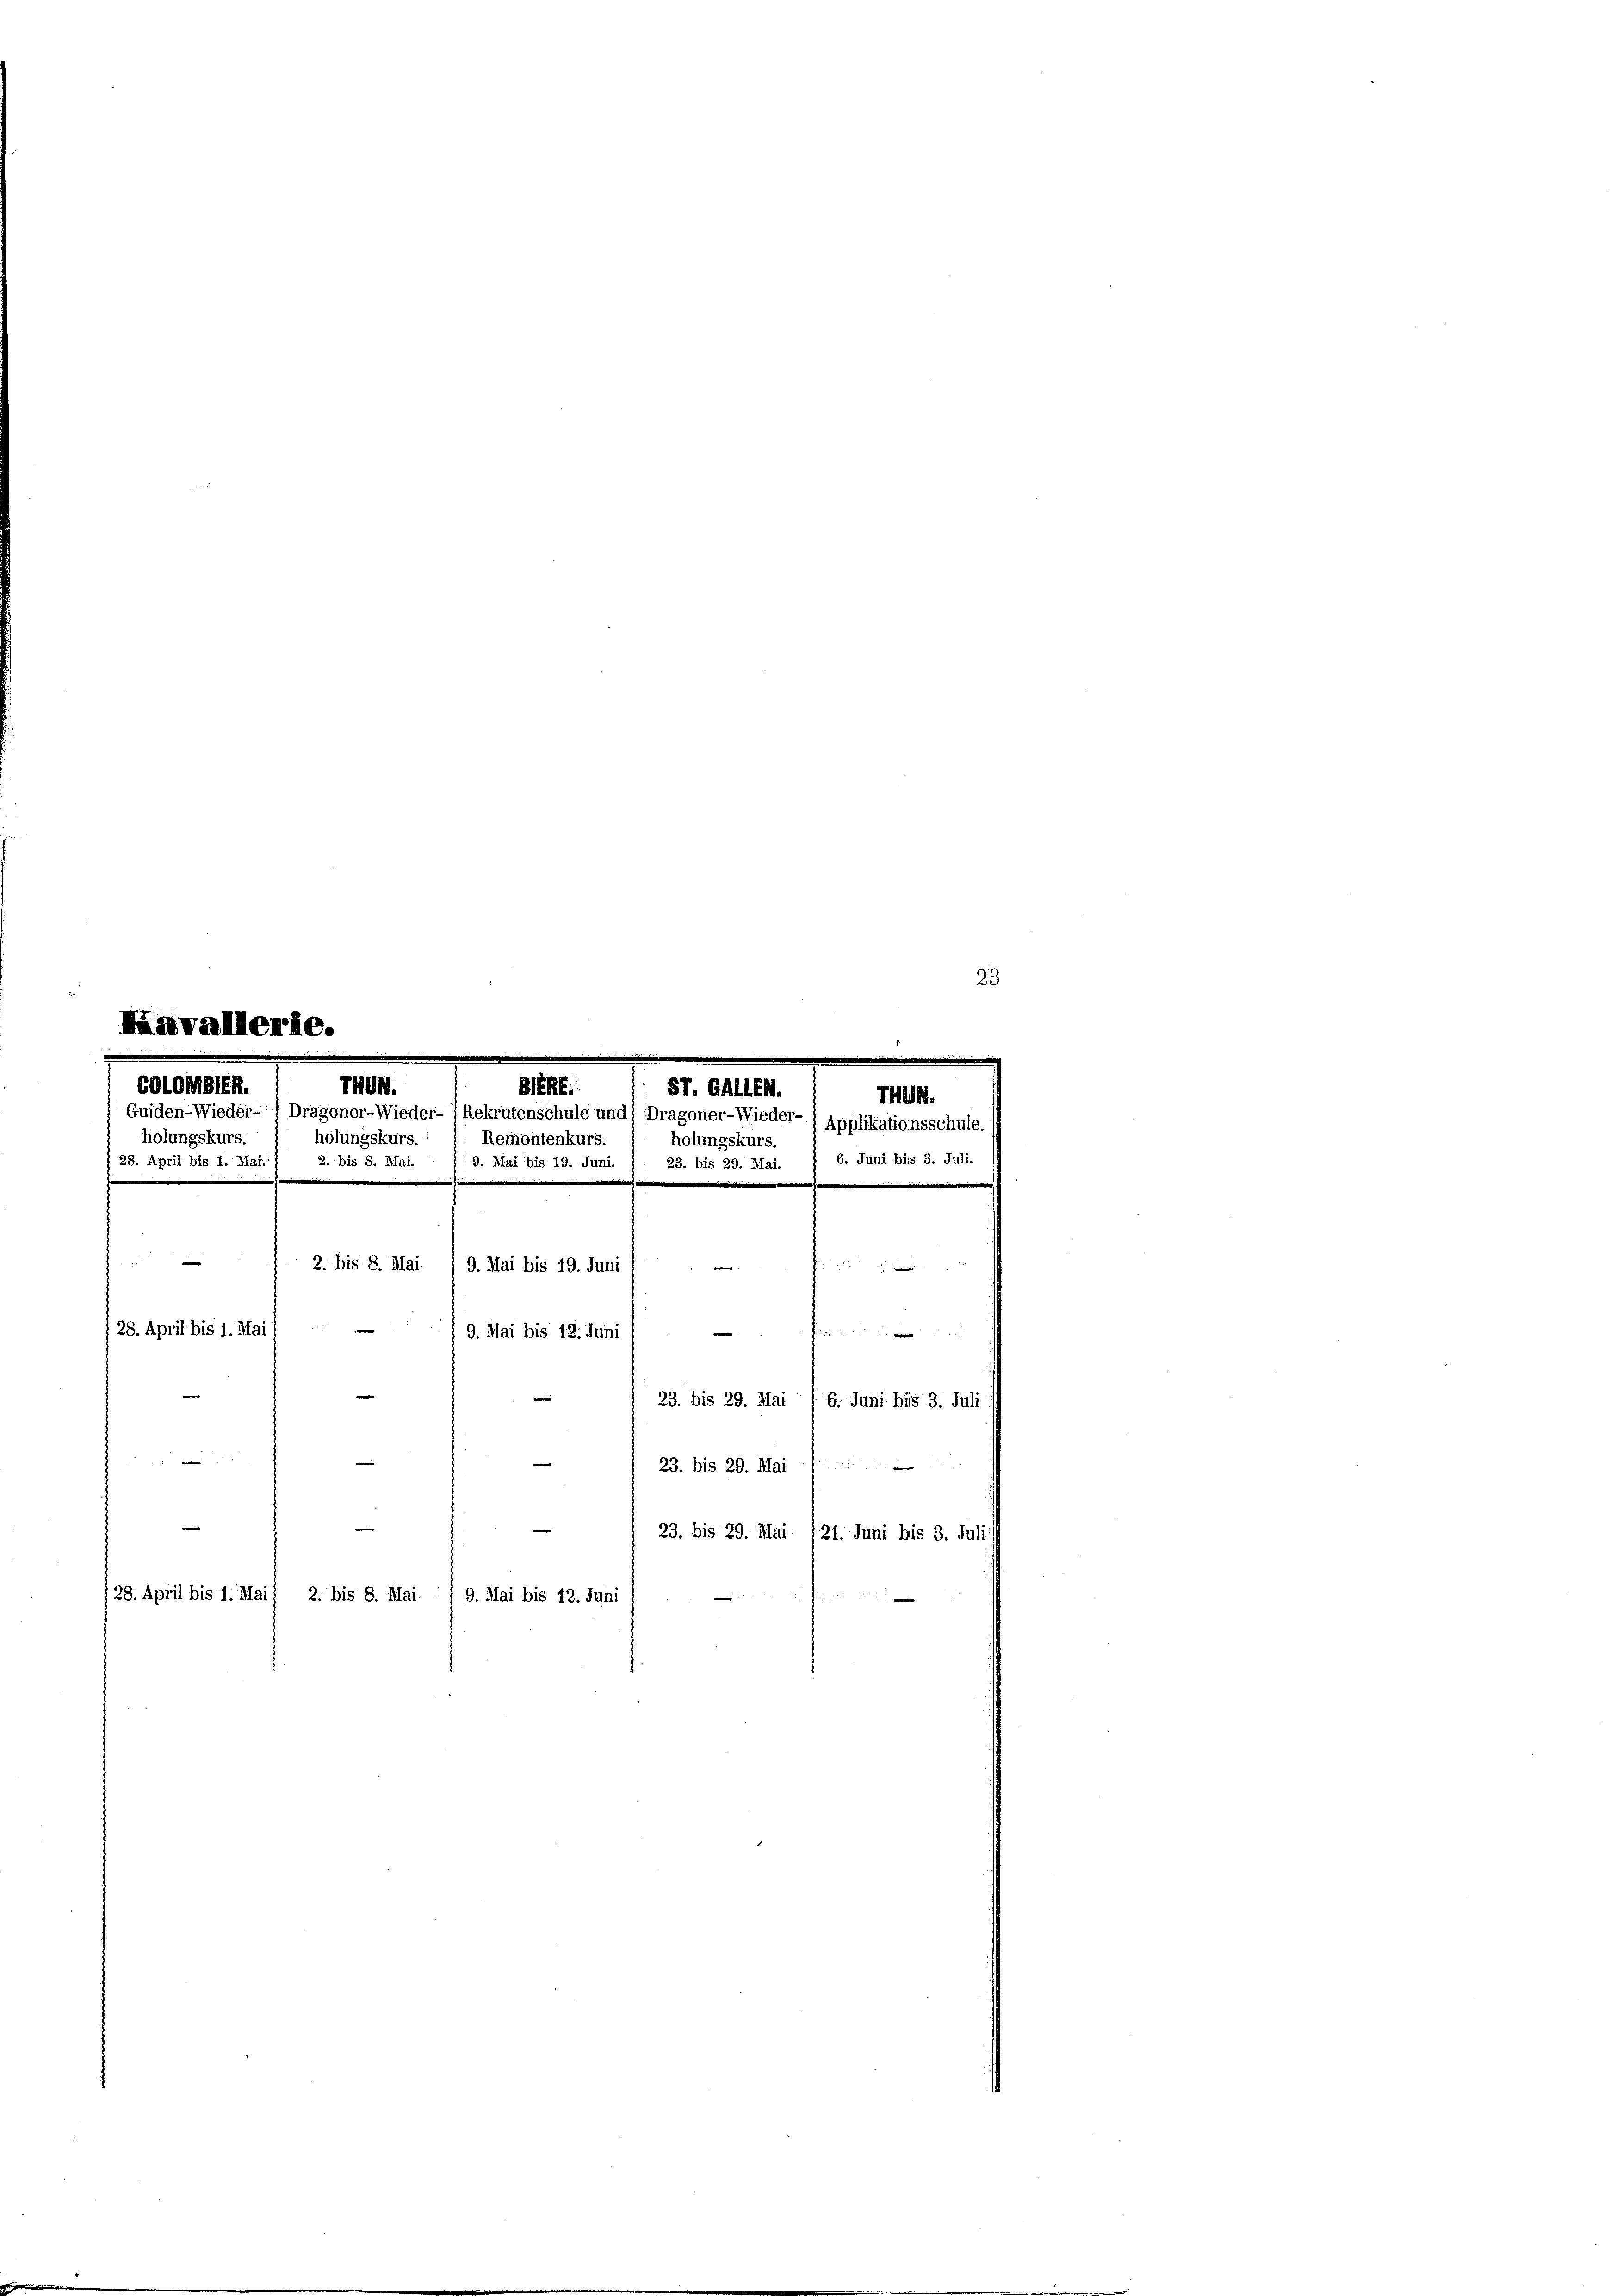
23
e

er

c

COLOMSIER.
v. a.
THUN.
holungskurs.
6. Juni bis 3. Juli.
 28. April bis 1. Mai. 1 2. bis 8. Mai.

e
|
p
e

28. April bis 1. Mai
e
9. Mai bis 12. Juni
e
e
23. bis 29. Mai / 6. Juni bis 3. Juli

e
23. bis 29. Mai f
e
—

2. bis 8. Mai

28. April bis 1. Mai) 2. bis 8. Mai. / 9. Mai bis 42. Juni

THUN.
BERE
Guiden-Wieder-) Dragoner-Wieder- (Rekrutenschule und Dragoner-Wieder- ) Applikationsschule.
holungskurs.
Remontenkurs.

holungskurs.
19. Mai bis 19. Juni. ) 23. bis 29. Mai.

9. Mai bis 19. Juni

23. bis 29. Mai 121. Juni bis 3. Juli